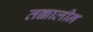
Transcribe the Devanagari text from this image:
तक्कालीन